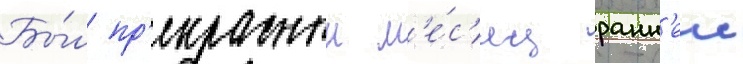
Бы́л пр'екрасныи м'е́с'яц ранн'еи